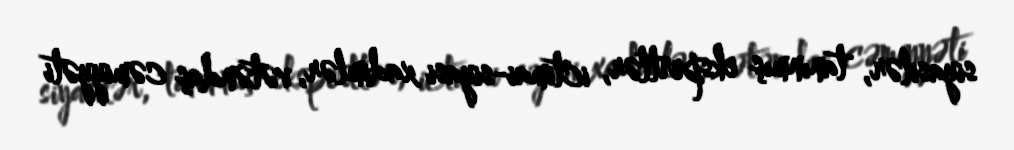
siyasilər, tanınmış ekspertlər, ictimai-siyasi xadimlər, vətəndaş cəmiyyəti